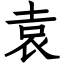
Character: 袁